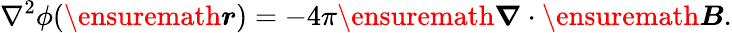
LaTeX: \nabla^{2}\phi(\ensuremath{\boldsymbol{r}})=-4\pi\ensuremath{\boldsymbol{\nabla}}\cdot\ensuremath{\boldsymbol{B}}.